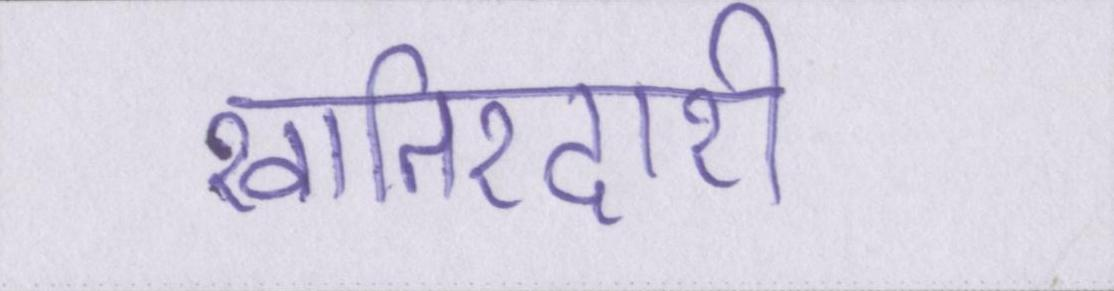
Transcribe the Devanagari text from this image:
खातिरदारी